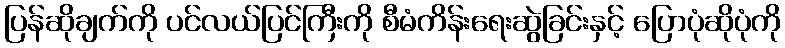
ပြန်ဆိုချက်ကို ပင်လယ်ပြင်ကြီးကို စီမံကိန်းရေးဆွဲခြင်းနှင့် ပြောပုံဆိုပုံကို